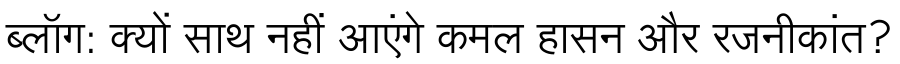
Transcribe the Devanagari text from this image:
ब्लॉग: क्यों साथ नहीं आएंगे कमल हासन और रजनीकांत?